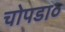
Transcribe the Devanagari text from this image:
चोपडा०